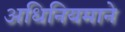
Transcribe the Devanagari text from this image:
अधिनियमाने